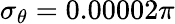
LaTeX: \sigma_{\theta}=0.00002\pi